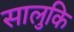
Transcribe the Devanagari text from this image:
सालुकि